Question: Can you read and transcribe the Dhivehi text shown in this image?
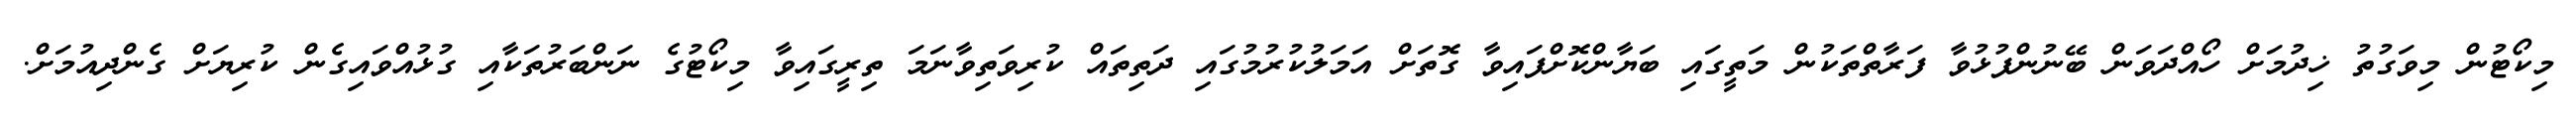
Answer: މިކޯޓުން މިވަގުތު ޚިދުމަށް ހޯއްދަވަން ބޭނުންފުޅުވާ ފަރާތްތަކުން މަތީގައި ބަޔާންކޮށްފައިވާ ގޮތަށް އަމަލުކުރުމުގައި ދަތިތައް ކުރިވަތިވާނަމަ ތިރީގައިވާ މިކޯޓުގެ ނަންބަރުތަކާއި ގުޅުއްވައިގެން ކުރިޔަށް ގެންދިއުމަށް.